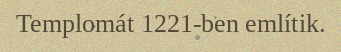
Templomát 1221-ben említik.